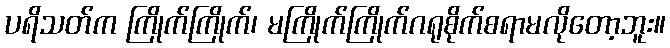
ပရိသတ်က ကြိုက်ကြိုက်၊ မကြိုက်ကြိုက်ဂရုစိုက်စရာမလိုတော့ဘူး။